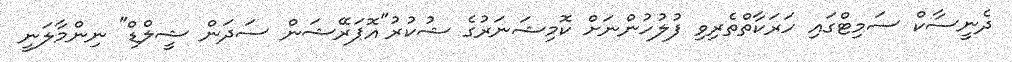
ދެނީސާކް ސަމިޓްގައި ހަރަކާތްތެރިވި ފުލުހުންނަށް ކޮމިޝަނަރުގެ ޝުކުރު"އޮޕަރޭޝަން ސަދަން ޝީލްޑް" ނިންމާލަނީ